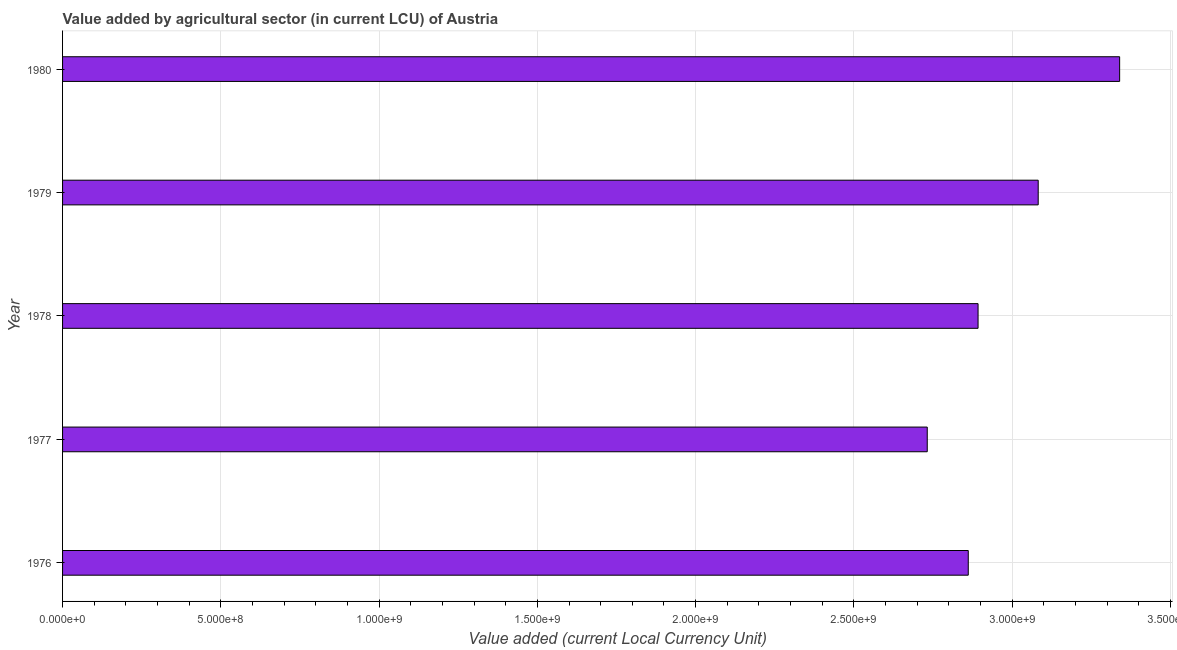
| Year | Agriculture |
 | --- | --- |
 | 1976 | 2.86e+09 |
 | 1977 | 2.73e+09 |
 | 1978 | 2.89e+09 |
 | 1979 | 3.08e+09 |
 | 1980 | 3.34e+09 |